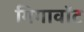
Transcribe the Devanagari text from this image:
गिगावॉट